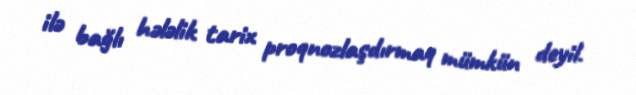
ilə bağlı hələlik tarix proqnozlaşdırmaq mümkün deyil.